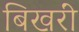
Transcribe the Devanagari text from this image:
बिखरीं